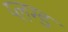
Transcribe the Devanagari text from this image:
प्लग्ड